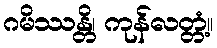
ဂမိဿန္တိ၊ ကုန်လတ္တံ့။